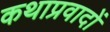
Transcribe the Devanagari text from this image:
कथाप्रवादों